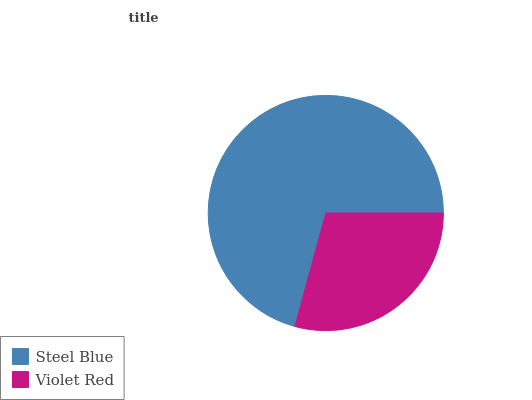
| Steel Blue | Violet Red |
 | --- | --- |
 | 70.7% | 29.3% |